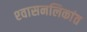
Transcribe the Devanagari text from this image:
श्‍वासनलिकांत